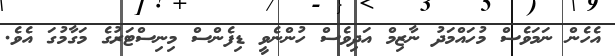
އެހެން ނަމަވެސް މުހައްމަދު ނާޒިމް އަދިވެސް ހުންނެވީ ޑިފެންސް މިނިސްޓަރުގެ މަގާމުގަ އެވެ.